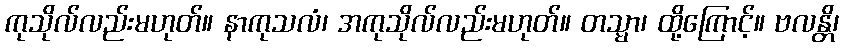
ကုသိုလ်လည်းမဟုတ်။ နာကုသလံ၊ အကုသိုလ်လည်းမဟုတ်။ တသ္မာ၊ ထို့ကြောင့်။ ဗလန္တိ၊